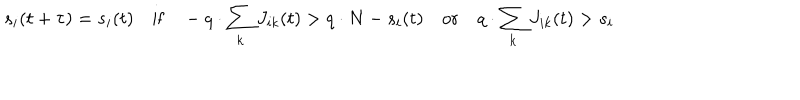
s _ { i } ( t + \tau ) = s _ { i } ( t ) \quad \mathrm { i f } \quad - q \cdot \sum _ { k } J _ { i k } ( t ) > q \cdot N - s _ { i } ( t ) \quad \mathrm { o r } \quad q \cdot \sum _ { k } J _ { i k } ( t ) > s _ { i }